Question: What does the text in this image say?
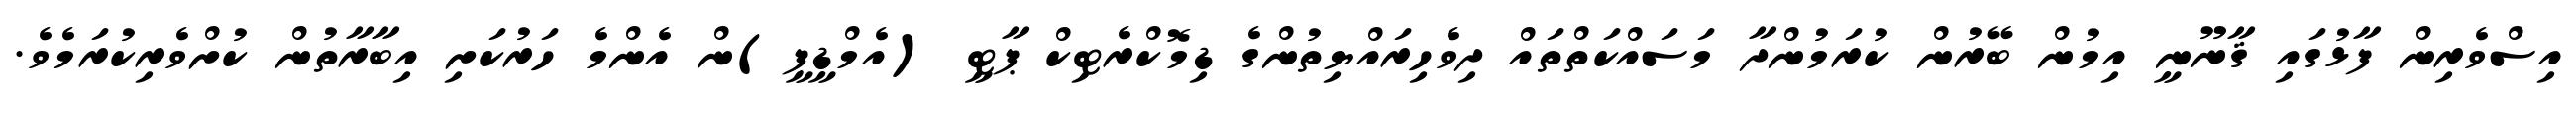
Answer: އިސްވެރިން ފާޅުގައި ޤާނޫނީ އިމުން ބޭރުން ކުރަމުންދާ މަސައްކަތްތައް ދިވެހިރައްޔިތުންގެ ޑިމޮކްރެޓިކް ޕާޓީ (އެމްޑީޕީ)ން އެންމެ ހަރުކަށި އިބާރާތުން ކުށްވެރިކުރަމެވެ.